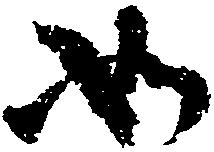
如